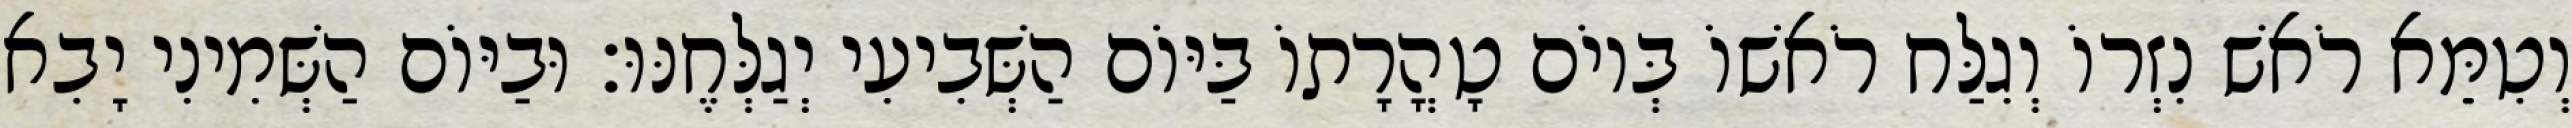
וְטִמֵּא רֹאשׁ נִזְרוֹ וְגִלַּח רֹאשׁוֹ בְּיוֹם טָהֳרָתוֹ בַּיּוֹם הַשְּׁבִיעִי יְגַלְּחֶנּוּ׃ וּבַיּוֹם הַשְּׁמִינִי יָבִא